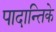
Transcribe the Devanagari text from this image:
पादान्तिके